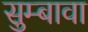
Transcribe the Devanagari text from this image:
सुम्बावा